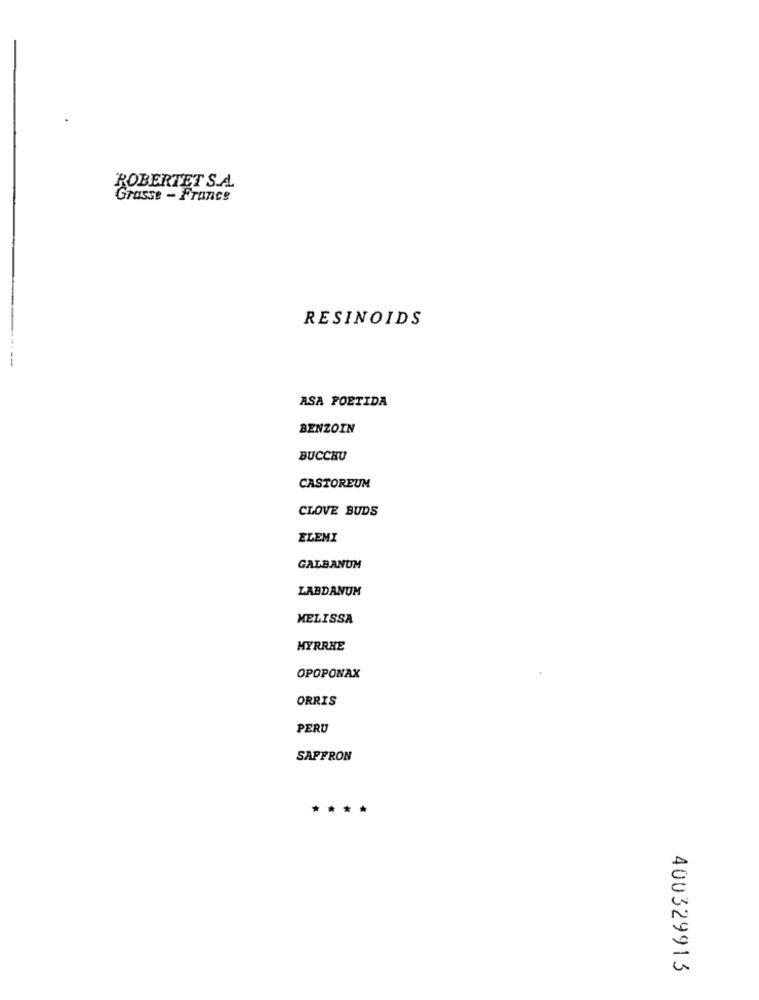
ROBERTET S.A.
Grasse - France
RESINOIDS
ASA FOETIDA
BENZOIN
BUCCHU
CASTOREUM
CLOVE BUDS
ELEMI
GALBANUM
LABDANUM
MELISSA
MYRRHE
OPOPONAX
ORRIS
PERU
SAFFRON
***
400329913